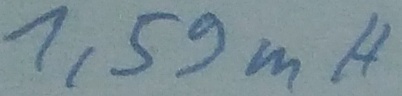
Text: 1,59mH